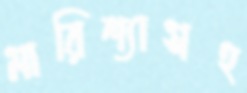
মারিশ্যাসহ